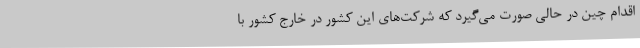
اقدام چین در حالی صورت می‌گیرد که شرکت‌های این کشور در خارج کشور با